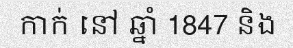
កាក់ នៅ ឆ្នាំ 1847 និង